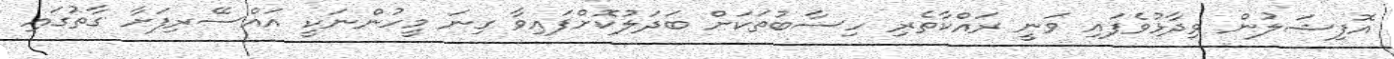
އޮފިޝަލުން ވިދާޅުވެފައި ވަނީ ރައްކާތެރި ހިސާބުތަކަށް ބަދަލުކޮށްފައިވާ ގިނަ މީހުންނަކީ އައްސޭރިފަށާ ގާތުގައި